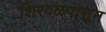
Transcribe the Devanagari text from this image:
शिरवळपासून